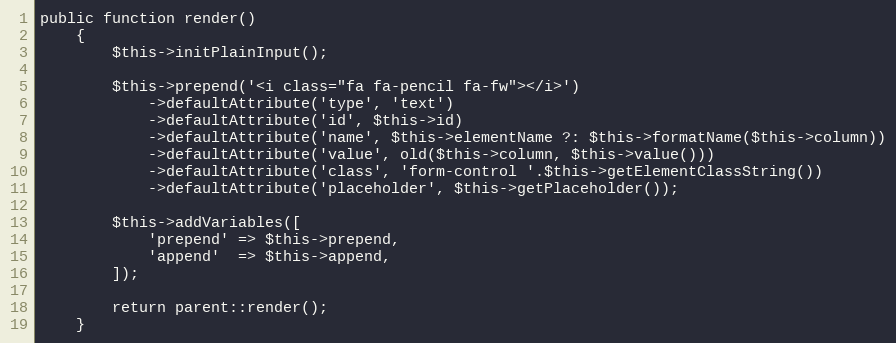
Language: PHP
public function render()
    {
        $this->initPlainInput();

        $this->prepend('<i class="fa fa-pencil fa-fw"></i>')
            ->defaultAttribute('type', 'text')
            ->defaultAttribute('id', $this->id)
            ->defaultAttribute('name', $this->elementName ?: $this->formatName($this->column))
            ->defaultAttribute('value', old($this->column, $this->value()))
            ->defaultAttribute('class', 'form-control '.$this->getElementClassString())
            ->defaultAttribute('placeholder', $this->getPlaceholder());

        $this->addVariables([
            'prepend' => $this->prepend,
            'append'  => $this->append,
        ]);

        return parent::render();
    }